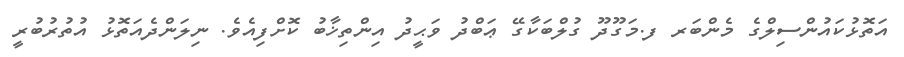
އަތޮޅުކައުންސިލްގެ މެންބަރ ފ.މަގޫދޫ ގުލްބަކާގޭ ޢަބްދު ވަޙީދު އިންތިޚާބު ކޮށްފިއެވެ. ނިލަންދެއަތޮޅު އުތުރުބުރީ